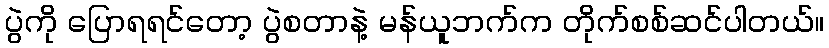
ပွဲကို ပြောရရင်တော့ ပွဲစတာနဲ့ မန်ယူဘက်က တိုက်စစ်ဆင်ပါတယ်။